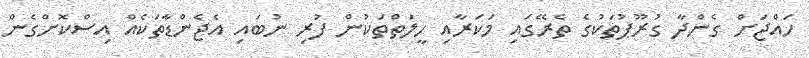
ހައްޖަށް ގެންދާ ގުރޫޕުތަކުގެ ތެރޭގައި މަކަރާއި ހީލަތްތަކުން ފުރި ނުބައި އެޖެންޑާތަކެއް އިސްކޮށްގެން